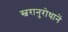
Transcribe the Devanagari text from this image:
स्वरानुरोधानें